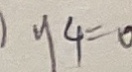
y _ { 4 } = 0